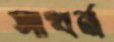
সাখর্ন